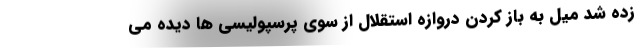
زده شد میل به باز کردن دروازه استقلال از سوی پرسپولیسی ‌ها دیده می‌